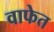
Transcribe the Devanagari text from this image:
वाफेत